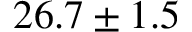
{ 2 6 . 7 \pm 1 . 5 }